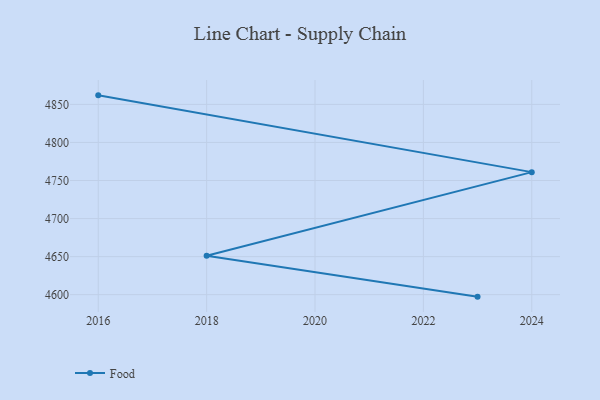
{"axis": {"x": "Year", "y": "Revenue (USD Million)"}, "legend": ["Food"], "data": [{"x": "2016", "y": 4861.9, "type": "Food"}, {"x": "2024", "y": 4761.0, "type": "Food"}, {"x": "2018", "y": 4651.2, "type": "Food"}, {"x": "2023", "y": 4597.4, "type": "Food"}]}